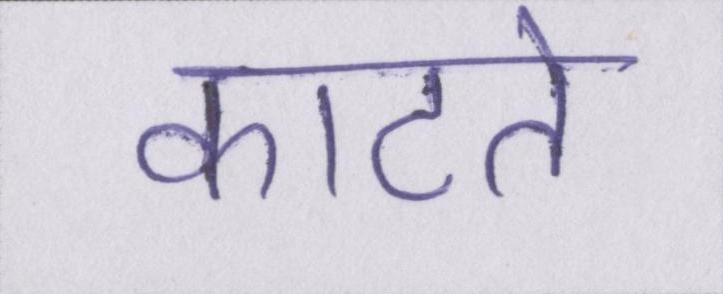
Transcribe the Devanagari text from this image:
काटते